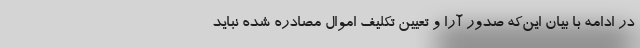
در ادامه با بیان این‌که صدور آرا و تعیین تکلیف اموال مصادره شده نباید